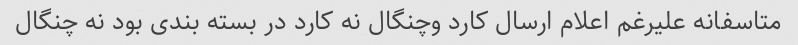
متاسفانه علیرغم اعلام ارسال کارد وچنگال نه کارد در بسته بندی بود نه چنگال